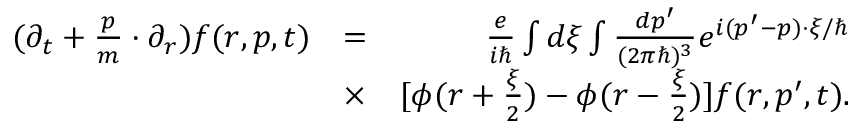
\begin{array} { r l r } { ( \partial _ { t } + \frac { \boldsymbol { p } } { m } \cdot \partial _ { r } ) f ( \boldsymbol { r } , \boldsymbol { p } , t ) } & { = } & { \frac { e } { i \hbar } \int d \boldsymbol { \xi } \int \frac { d \boldsymbol { p ^ { \prime } } } { ( 2 \pi \hbar ) ^ { 3 } } e ^ { i ( \boldsymbol { p ^ { \prime } } - \boldsymbol { p } ) \cdot \boldsymbol { \xi } / \hbar } } \\ & { \times } & { [ \phi ( \boldsymbol { r } + \frac { \boldsymbol { \xi } } { 2 } ) - \phi ( \boldsymbol { r } - \frac { \boldsymbol { \xi } } { 2 } ) ] f ( \boldsymbol { r } , \boldsymbol { p ^ { \prime } } , t ) . } \end{array}